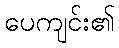
ပေကျင်း၏